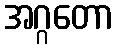
အဂ္ဂတော